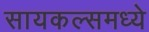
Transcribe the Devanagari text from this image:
सायकल्समध्ये